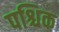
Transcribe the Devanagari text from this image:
पश्चिक